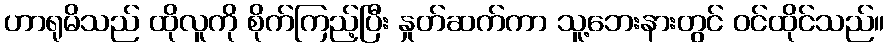
ဟာရုမိသည် ထိုလူကို စိုက်ကြည့်ပြီး နှုတ်ဆက်ကာ သူ့ဘေးနားတွင် ဝင်ထိုင်သည်။